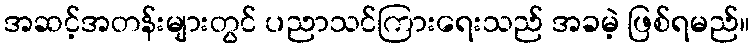
အဆင့်အတန်းများတွင် ပညာသင်ကြားရေးသည် အခမဲ့ ဖြစ်ရမည်။